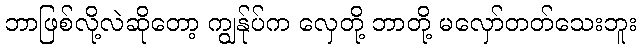
ဘာဖြစ်လို့လဲဆိုတော့ ကျွန်ုပ်က လှေတို့ ဘာတို့ မလှော်တတ်သေးဘူး